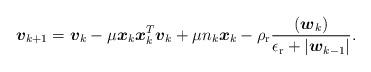
LaTeX: \begin{align*} \boldsymbol{v}_{k+1} =\boldsymbol{v}_{k} - \mu \boldsymbol{x}_k \boldsymbol{x}^T_k\boldsymbol{v}_k + \mu n_k \boldsymbol{x}_k - \rho_{\rm r}\frac{ (\boldsymbol{w}_k)} {\epsilon_{\rm r} + |\boldsymbol{w}_{k-1} |}.\end{align*}